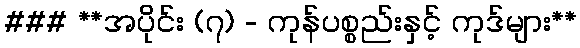
### **အပိုင်း (၇) - ကုန်ပစ္စည်းနှင့် ကုဒ်များ**